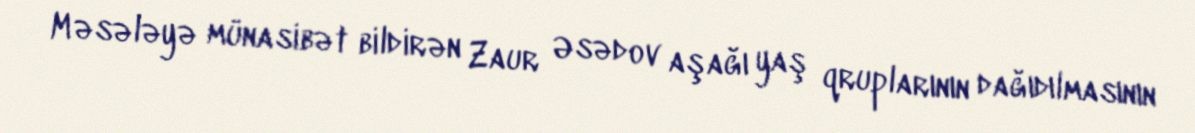
Məsələyə münasibət bildirən Zaur Əsədov aşağı yaş qruplarının dağıdılmasının